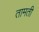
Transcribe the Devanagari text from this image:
तामती